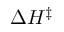
\Delta H ^ { \ddagger }